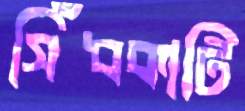
সিঁধকাটি